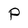
Character: P